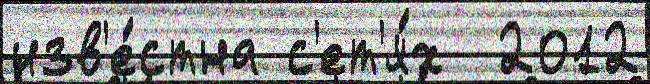
изв'е́стна с'ет'я́х  2012